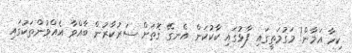
ކިހާ އަމާން! މަގުމަތީގައި ފާޅުގައި ކާކުކަން އެނގޭ ގޮތަށް ސަރުކާރުން ބާއްވާ އެއްވުންތަކުގައި